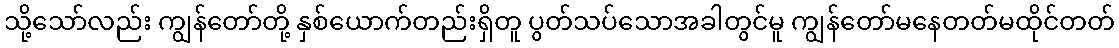
သို့သော်လည်း ကျွန်တော်တို့ နှစ်ယောက်တည်းရှိတူ ပွတ်သပ်သောအခါတွင်မူ ကျွန်တော်မနေတတ်မထိုင်တတ်